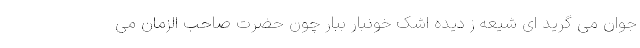
جوان می گرید ای شیعه ز دیده اشک خونبار ببار چون حضرت صاحب الزمان می